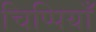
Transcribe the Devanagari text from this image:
चिप्पियाँ